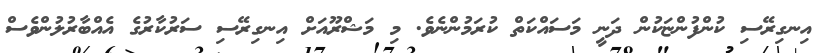
އިނގިރޭސި ކުންފުންޏަކުން ދަނީ މަސައްކަތް ކުރަމުންނެވެ. މި މަޝްރޫއަށް އިނގިރޭސި ސަރުކާރުގެ އެއްބާރުލުންވެސް